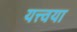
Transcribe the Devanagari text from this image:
यत्त्वया